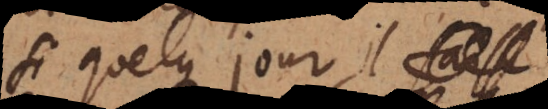
si quelque jour il